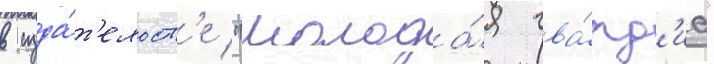
в изда́т'ельств'е "молода́я гва́рд'иа"